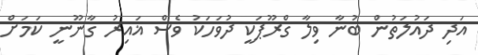
އަދި ދައުލަތުން ބުނާ ވިލާ ގްރޫޕަކީ ދުވަހަކު ވެސް ޣައިރު ގާނޫނީ ކަމަށް